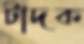
টাদক